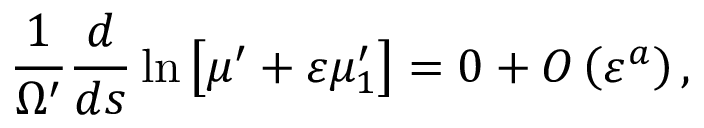
\frac { 1 } { \Omega ^ { \prime } } \frac { d } { d s } \ln \left[ \mu ^ { \prime } + \varepsilon \mu _ { 1 } ^ { \prime } \right] = 0 + O \left( \varepsilon ^ { a } \right) ,